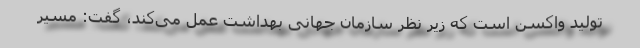
تولید واکسن است که زیر نظر سازمان جهانی بهداشت عمل می‌کند، گفت: مسیر